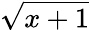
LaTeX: \sqrt{x+1}